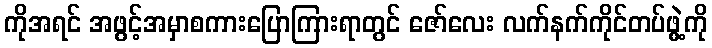
ကိုအရင် အဖွင့်အမှာစကားပြောကြားရာတွင် ဇော်လေး လက်နက်ကိုင်တပ်ဖွဲ့ကို